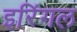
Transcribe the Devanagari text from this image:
इरिंगल